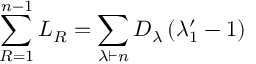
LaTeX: \sum _ { R = 1 } ^ { n - 1 } L _ { R } = \sum _ { \lambda \vdash n } D _ { \lambda } \left( \lambda _ { 1 } ^ { \prime } - 1 \right)